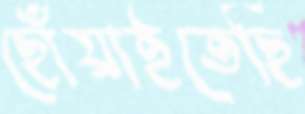
ছোঁয়াইতেছি